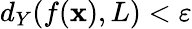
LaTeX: d_{Y}(f(\mathbf{x}),L)<\varepsilon